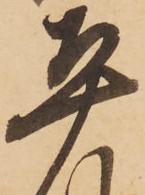
平